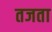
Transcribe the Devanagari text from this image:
तजता